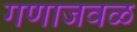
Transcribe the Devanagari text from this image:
गणाजवळ